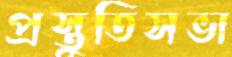
প্রস্তুতিসভা